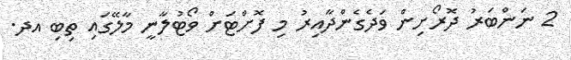
2 ނަންބަރު ދޮރޯށިން ވަދެގެންދާއިރު މި ފޮށްޓަށް ވޯޓުލާނީ މާލޭގައި ތިބި އދ.